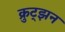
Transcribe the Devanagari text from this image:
क्रुट्झन